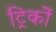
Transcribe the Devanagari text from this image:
ट्रिकों